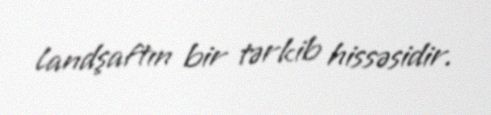
landşaftın bir tərkib hissəsidir.